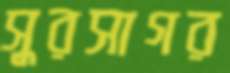
সুরসাগর